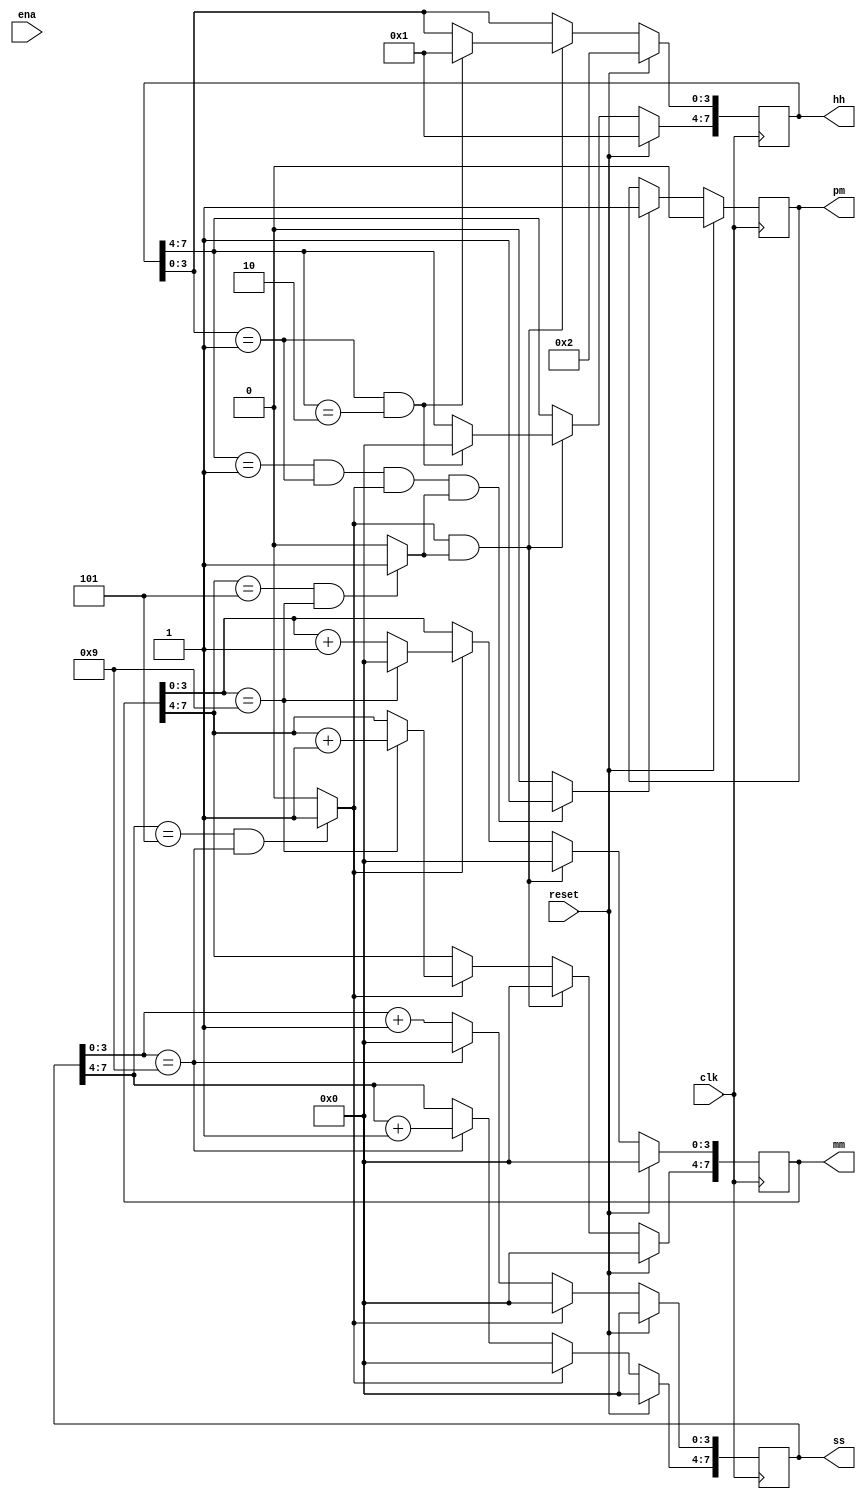
module top_module(
    input clk,
    input reset,
    input ena,
    output pm,
    output [7:0] hh,
    output [7:0] mm,
    output [7:0] ss); 
	
wire ss_ena;
wire mm_ena;
wire hh_ena;
wire pm_ena;

assign ss_ena = (ss[7:4] == 4'd5 && ss[3:0] == 4'd9) ? 1 : 0;
assign mm_ena = (mm[7:4] == 4'd5 && mm[3:0] == 4'd9) ? 1 : 0;
assign hh_ena = (hh[7:4] == 4'd1 && hh[3:0] == 4'd2) ? 1 : 0;
assign pm_ena = ((hh[7:4] == 4'd1 && hh[3:0] == 4'd1) && ss_ena && mm_ena ) ? 1 : 0;

always@(posedge clk)
begin
	if( reset )
	begin
		ss <= 0;
		mm <= 0;
		pm <= 0;
		hh[7:4] <= 4'd1;
		hh[3:0] <= 4'd2;	
	end
	else
	begin
		//ss
		ss[3:0] <= ss[3:0] + 1;
		if( ss[3:0] == 4'd9 )
		begin
			ss[3:0] <= 4'd0;
			ss[7:4] <= ss[7:4] + 4'd1;
		end
		//mm
		if(ss_ena)
		begin
			mm[3:0] <= mm[3:0] + 4'd1;
			ss[3:0] <= 4'd0;
			ss[7:4] <= 4'd0;
			if( mm[3:0] == 4'd9 )
			begin
				mm[3:0] <= 4'd0;
				mm[7:4] <= mm[7:4] + 4'd1;
			end
		end
		
		//hh
		if(ss_ena && mm_ena)
		begin
			if( hh[3:0] == 4'd1 && hh[7:4] == 4'd2)
			begin
				hh[3:0] <= 4'd1;
				hh[7:4] <= 4'd0;
			end
			
			mm[3:0] <= 4'd0;
			mm[7:4] <= 4'd0;
			
			
		end
		
		//day by day
		if(pm_ena)
		begin
			pm <= 1;
		end
	end
end

endmodule